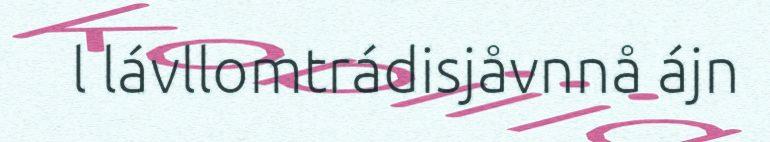
l lávllomtrádisjåvnnå ájn